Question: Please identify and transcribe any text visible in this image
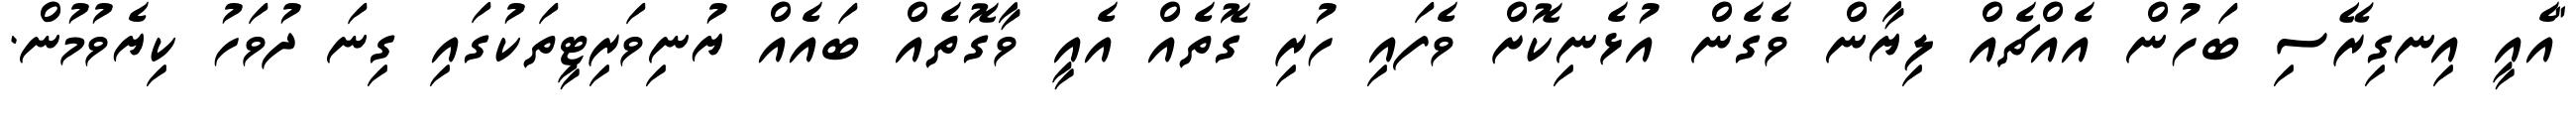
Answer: "އެއީ އިނގިރޭސި ބަހުން އެއްޗެއް ލިޔާން ވެގެން އުޅެނިކޮށް ވެފައި ހުރި ގޮތެއް އެއީ ވާގޮތެއް ބައެއް ޔުނިވަރިޓީތަކުގައި ގިނަ ދުވަހު ކިޔެވުމުން.